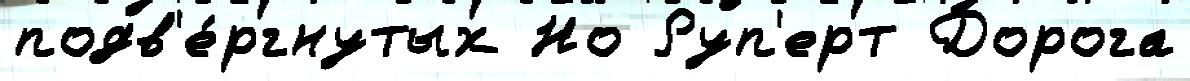
подв'е́ргнутых Но Руп'ерт Дорога